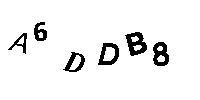
A6DDB8